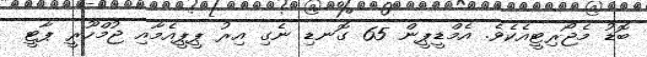
ބޮޑު މެޖޯރިޓީއެކެވެ. އެމްޑީޕީން 65 ގޮނޑި ނެގި އިރު ޕީޕީއެމާއި ޖުމްހޫރީ ޕާޓީ